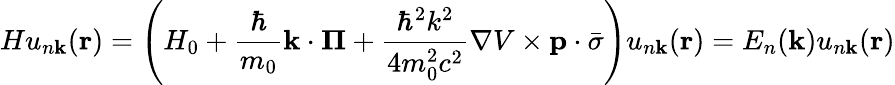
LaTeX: Hu_{n\mathbf{k}}(\mathbf{r})=\left(H_{0}+{\frac{\hbar}{m_{0}}}\mathbf{k}\cdot\mathbf{\Pi}+{\frac{\hbar^{2}k^{2}}{4m_{0}^{2}c^{2}}}\nabla V\times\mathbf{p}\cdot{\bar{\sigma}}\right)u_{n\mathbf{k}}(\mathbf{r})=E_{n}(\mathbf{k})u_{n\mathbf{k}}(\mathbf{r})